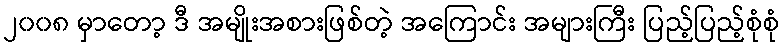
၂၀၀၈ မှာတော့ ဒီ အမျိုးအစားဖြစ်တဲ့ အကြောင်း အများကြီး ပြည့်ပြည့်စုံစုံ